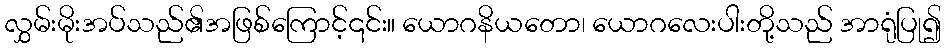
လွှမ်းမိုးအပ်သည်၏အဖြစ်ကြောင့်၎င်း။ ယောဂနိယတော၊ ယောဂလေးပါးတို့သည် အာရုံပြု၍